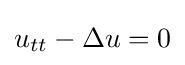
u_{tt}-\Delta u=0